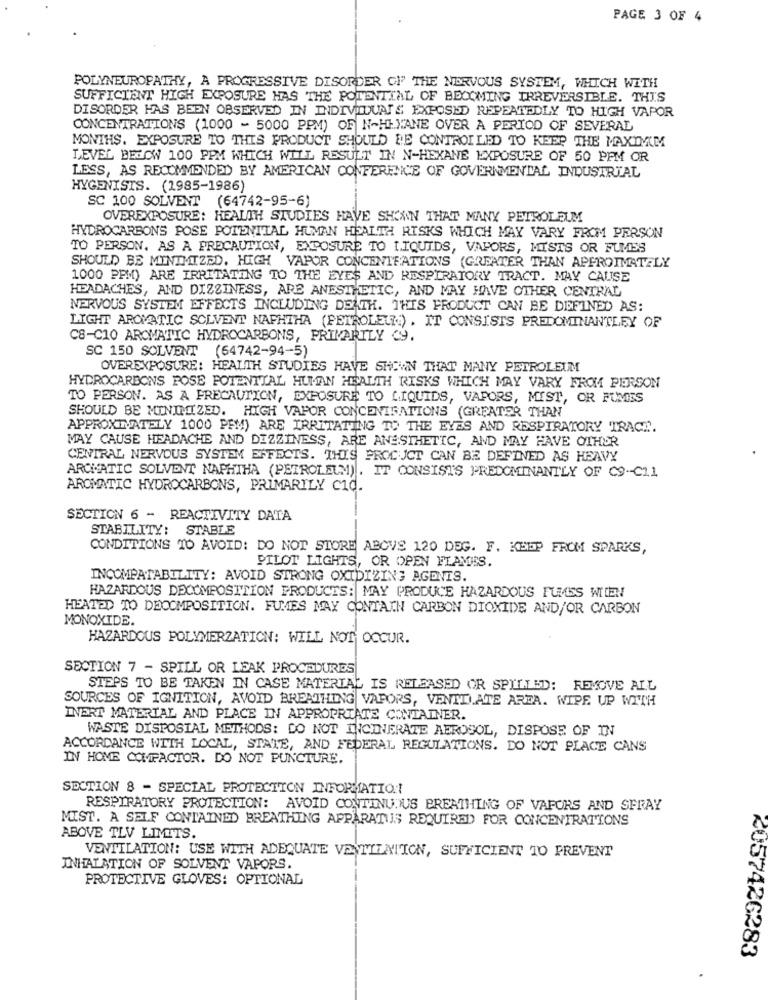
PAGE 3 OF 4
POLYNEUROPATHY, A PROGRESSIVE DISORDER CH' THE NERVOUS SYSTEM, WHICH WITH
SUFFICIENT HIGH EXPOSURE HAS THE POTENTIAL OF BECOMING IRREVERSIBLE. THIS
DISORDER HAS BEEN OBSERVED IN INDIVIDUAIS EXPOSED REPEATEDLY TO HIGH VAPOR
CONCENTRATIONS (1000 - 5000 PPM) OF N-HEXANE OVER A PERIOD OF SEVERAL
MONTHS. EXPOSURE TO THIS PRODUCT SHOULD BE CONTROI LED TO KEEP THE MAXIMUM
LEVEL BELOW 100 PPM WHICH WILL RESULT IN N-HEXANE EXPOSURE OF 50 PPM OR
LESS, AS RECOMMENDED BY AMERICAN CONFERENCE OF GOVERNMENTAL INDUSTRIAL
HYGENISIS. (1985-1986)
SC 100 SOLVENT (64742-95-6)
OVEREXPOSURE: HEALTH STUDIES HAVE SHOWN THAT MANY PETROLEUM
HYDROCARBONS POSE POTENTIAL HUMAN HEALTH RISKS WHICH MAY VARY FROM PERSON
TO PERSON. AS A PRECAUTION, EXPOSURE TO LIQUIDS, VAPORS, MISTS OR FUMES
SHOULD BE MINIMIZED. HIGH VAPOR CONCENTRATIONS (GREATER THAN APPROIMATELY
1000 PPM) ARE IRRITATING TO THE EYES AND RESPIRATORY TRACT. MAY CAUSE
HEADACHES, AND DIZZINESS, ARE ANESTHETIC, AND MAY HAVE OTHER CENTRAL
NERVOUS SYSTEM EFFECTS INCLUDING DEATH. THIS PRODUCT CAN BE DEFINED AS:
LIGHT AROMATIC SOLVENT NAPHTHA (PETROLEUM) . IT CONSISTS PREDOMINANTLEY OF
C8-C10 AROMATIC HYDROCARBONS, PRIMARILY C9.
SC 150 SOLVENT (64742-94-5)
OVEREXPOSURE: HEALTH STUDIES HAVE SHOWN THAT MANY PETROLEUM
HYDROCARBONS POSE POTENTIAL HUMAN HEALTH RISKS WHICH MAY VARY FROM PERSON
TO PERSON. AS A PRECAUTION, EXPOSURE TO LIQUIDS, VAPORS, MIST, OR FUMES
SHOULD BE MINIMIZED. HIGH VAPOR CONCENTRATIONS (GREATER THAN
APPROXIMATELY 1000 PEM) ARE IRRITATING TO THE EYES AND RESPIRATORY TRACT.
MAY CAUSE HEADACHE AND DIZZINESS, ARE ANESTHETIC, AND MAY HAVE OTHER
CENTRAL NERVOUS SYSTEM EFFECTS. THIS PRODUCT CAN BE DEFINED AS HEAVY
AROMATIC SOLVENT NAPHIHA (PETROLEUM). IT CONSISTS PREDOMINANTLY OF C9-C11
AROMATIC HYDROCARBONS, PRIMARILY CIQ.
SECTION 6 - REACTIVITY DATA
STABILITY: STABLE
CONDITIONS TO AVOID: DO NOT STORE ABCVS 120 DEG. F. KEEP FROM SPARKS,
PILOT LIGHTS, OR OPEN FLAMES.
INCOMPATABILITY: AVOID STRONG OXIDIZING AGENTS.
HAZARDOUS DECOMPOSITION PRODUCTS: MAY PRODUCE HAZARDOUS FUMES WIEN
HEATED TO DECOMPOSITION. FUMES MAY CONTAIN CARBON DIOXIDE AND/OR CARBON
MONOXIDE.
HAZARDOUS POLYMERZATION: WILL NOT OCCUR.
SECTION 7 - SPILL OR LEAK PROCEDURES
STEPS TO BE TAKEN IN CASE MATERIAL IS RELEASED OR SPILLED: REMOVE ALL
SOURCES OF IGNITION, AVOID BREATHING VAPORS, VENTILATE AREA. WIPE UP WITH
INERT MATERIAL AND PLACE IN APPROPRIATE CONTAINER.
WASTE DISPOSIAL METHODS: DO NOT INCINERATE AEROSOL, DISPOSE OF IN
ACCORDANCE WITH LOCAL, STATE, AND FEDERAL REGULATIONS. DO NOT PLACE CANS
IN HOME COMPACTOR. DO NOT PUNCTURE.
SECTION 8 - SPECIAL PROTECTION INFORMATION
RESPIRATORY PROTECTION: AVOID CONTINUOUS BREATHING OF VAPORS AND SPRAY
MIST. A SELF CONTAINED BREATHING APPARATUS REQUIRED FOR CONCENTRATIONS
ABOVE TLV LIMITS.
VENTILATION: USE WITH ADEQUATE VENTILATION, SUFFICIENT TO PREVENT
INHALATION OF SOLVENT VAPORS.
PROTECTIVE GLOVES: OPTIONAL
<057426283